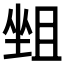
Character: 𡎬